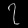
Digit: ၇